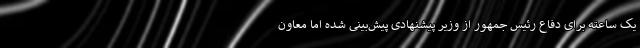
یک ساعته برای دفاع رئیس جمهور از وزیر پیشنهادی پیش‌بینی شده اما معاون